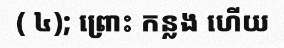
( ៤); ព្រោះ កន្លង ហើយ